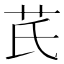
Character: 芪